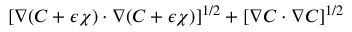
[ \nabla ( C + \epsilon \chi ) \cdot \nabla ( C + \epsilon \chi ) ] ^ { 1 / 2 } + [ \nabla C \cdot \nabla C ] ^ { 1 / 2 }